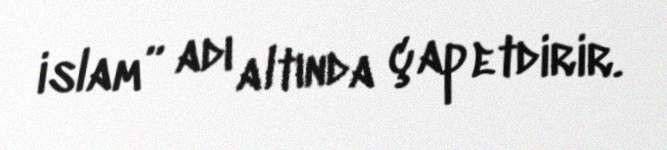
islam” adı altında çap etdirir.